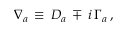
\nabla _ { a } \, \equiv \, D _ { a } \, \mp \, i \, \Gamma _ { a } \, ,